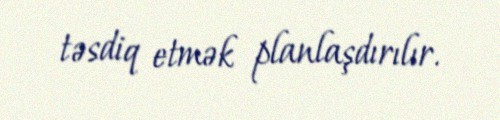
təsdiq etmək planlaşdırılır.